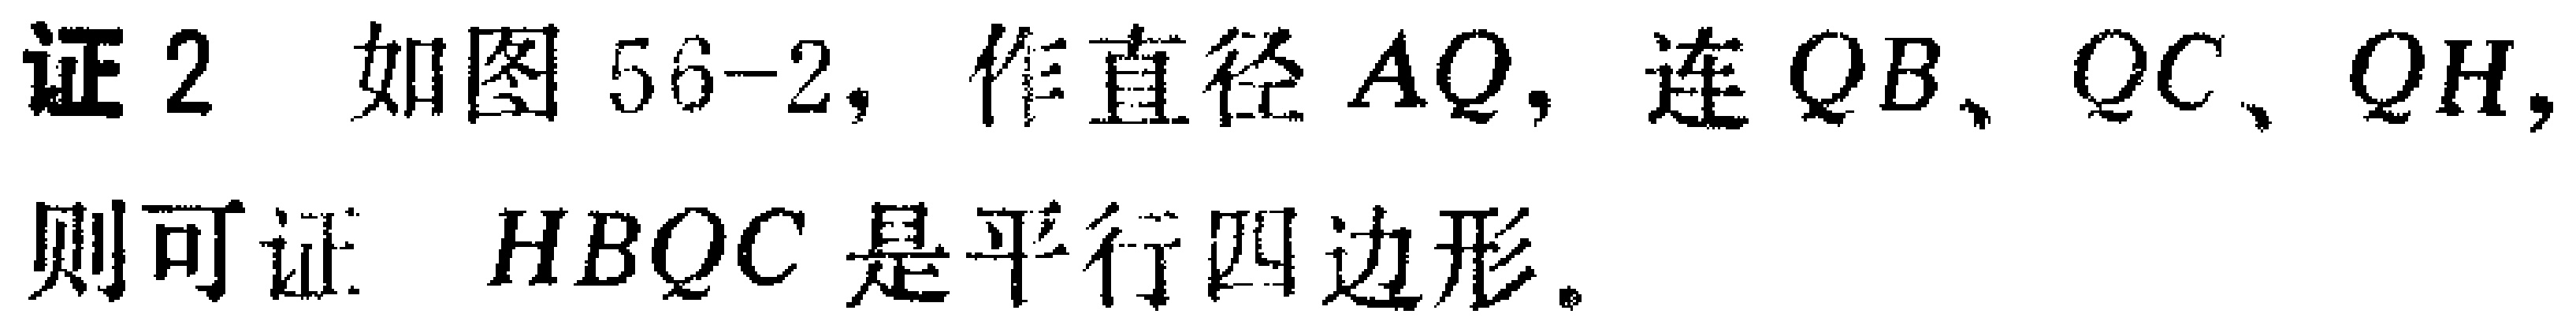
证 2 如图 56-2, 作直径 \(AQ\), 连 \(QB\)、\(QC\)、\(QH\), 则可证 \(HBQC\) 是平行四边形。